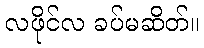
လဖိုင်လ ခပ်မဆိတ်။